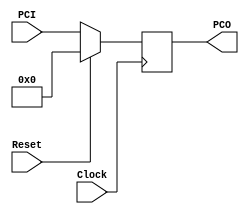
module PC(Clock,PCI, PCO, Reset);

input [31:0] PCI;
input Reset, Clock;

output reg [31:0] PCO;


always @(posedge Clock)
begin
if (Reset == 1)
	PCO <= 32'b0;
else
	PCO <= PCI;
end

endmodule